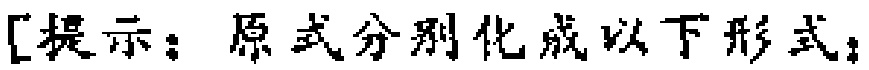
[提示：原式分别化成以下形式：